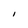
Character: l